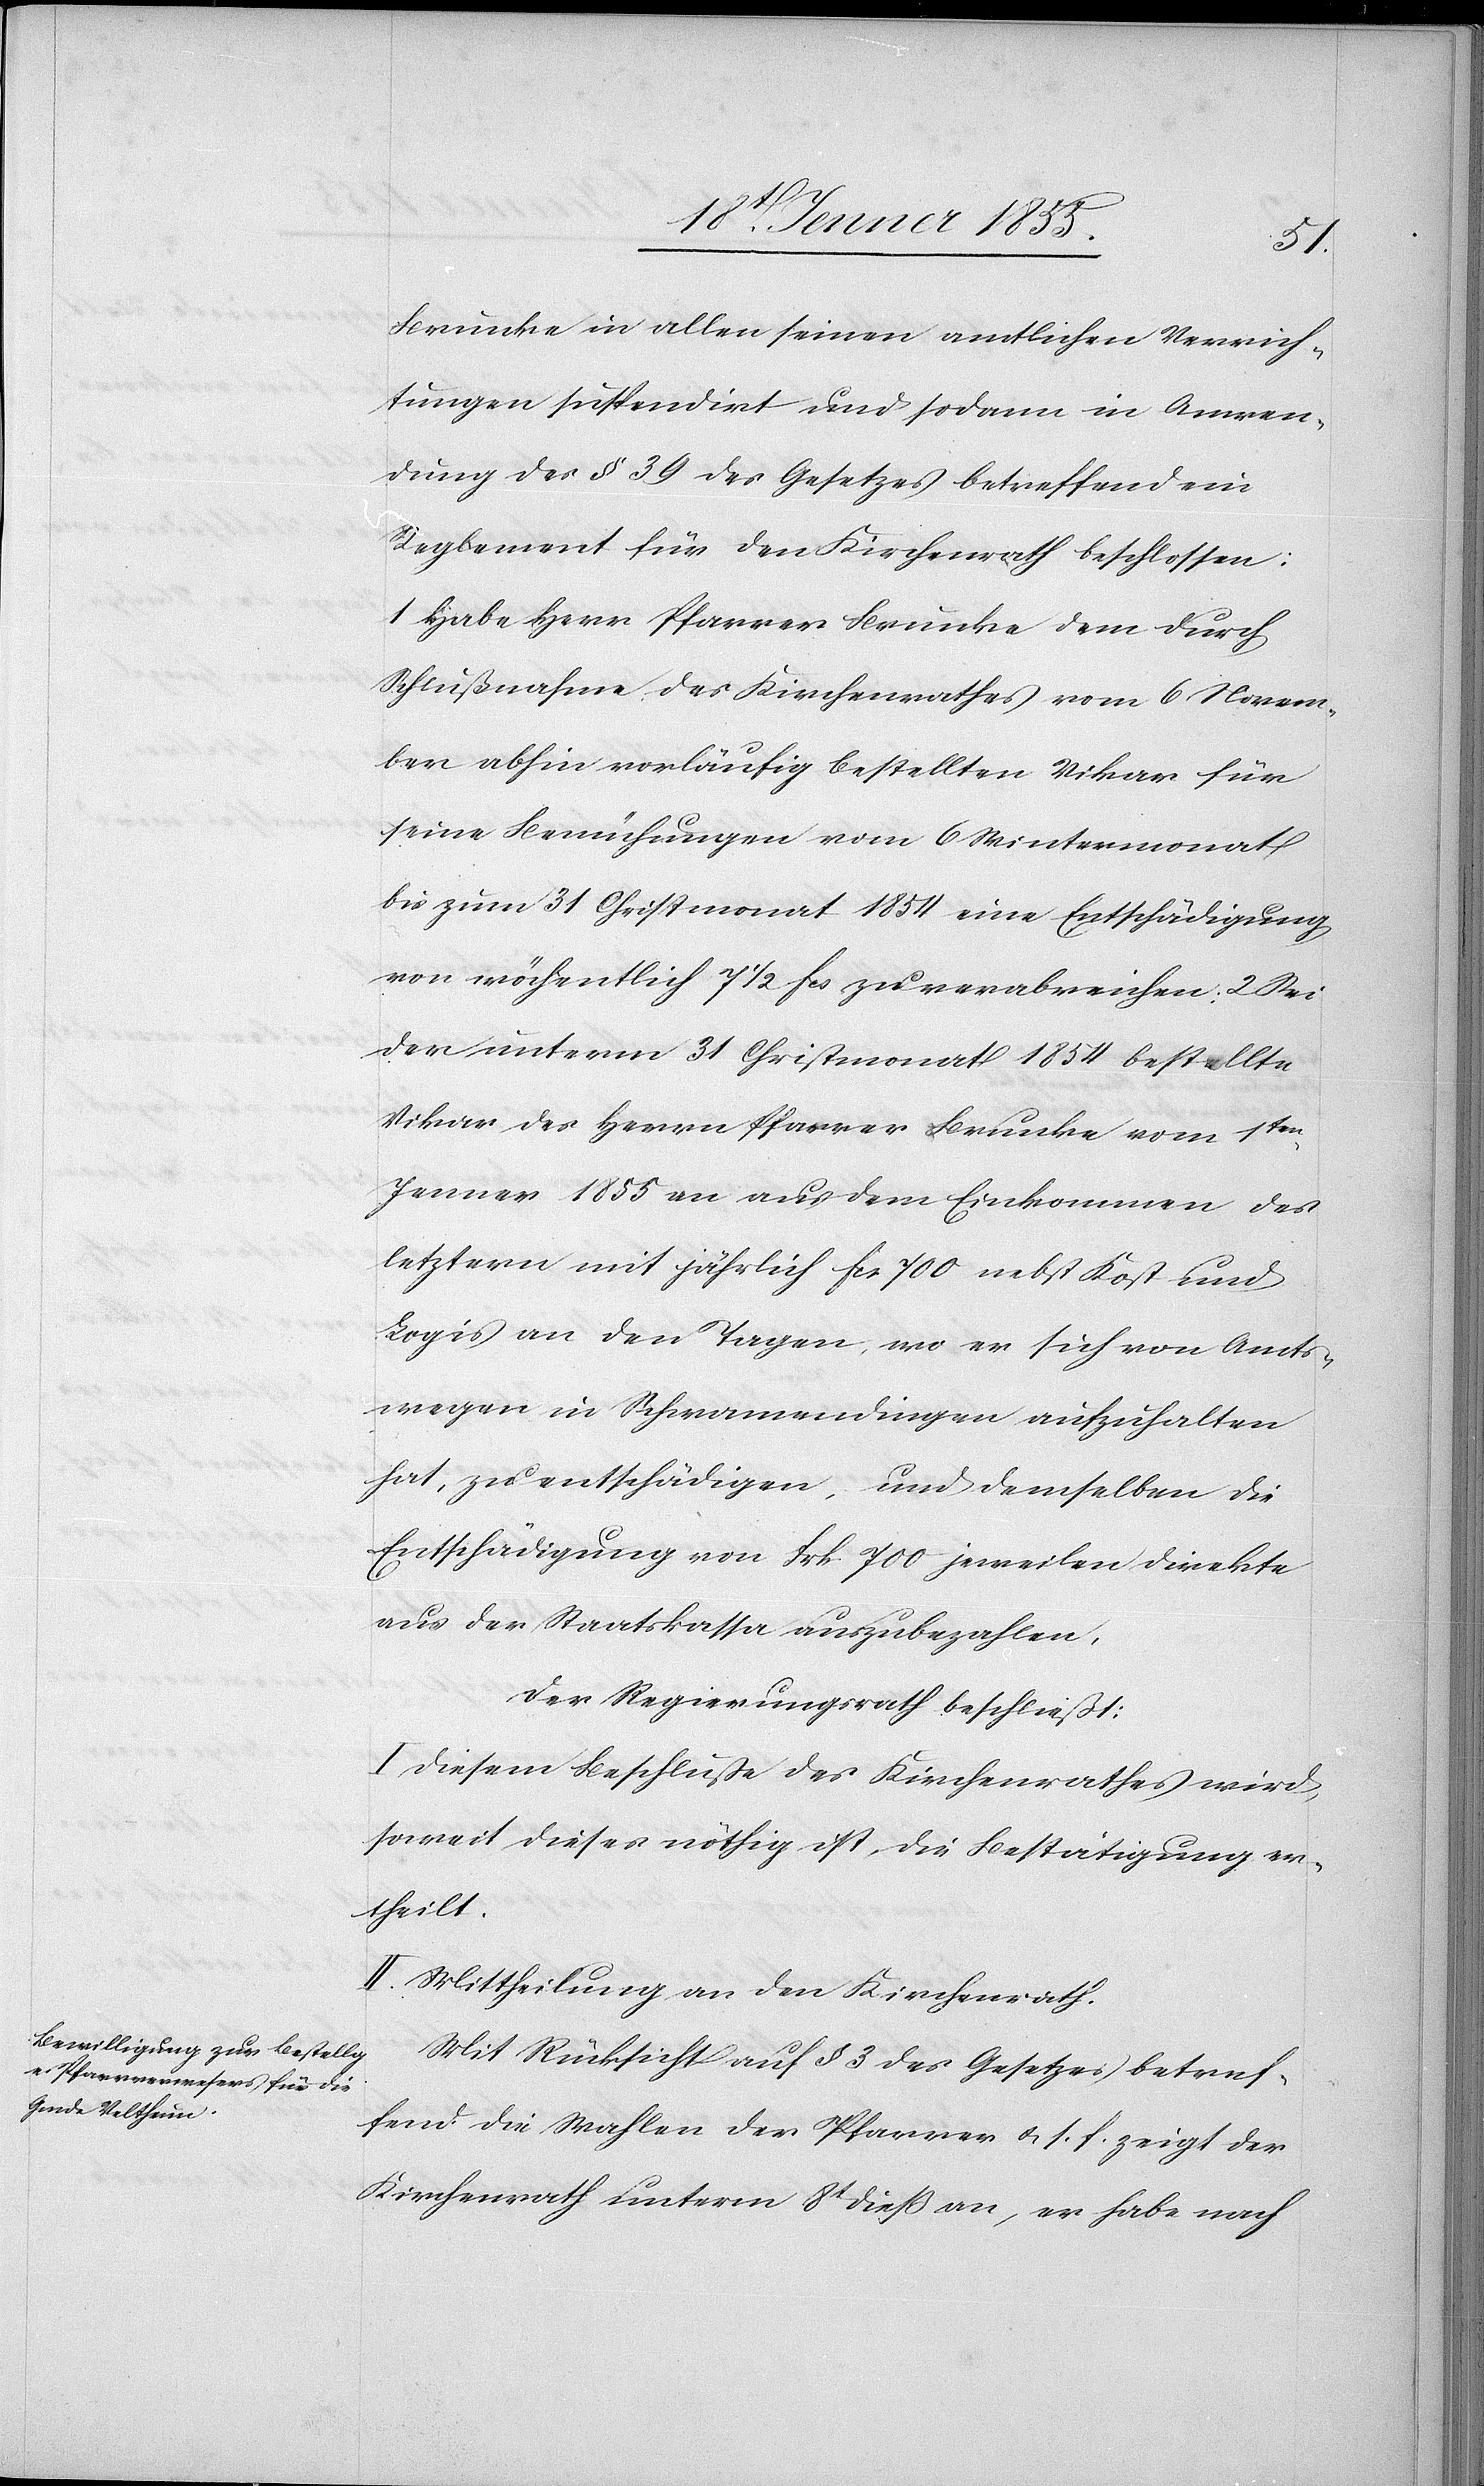
Brunke in allen seinen amtlichen Verrich¬
tungen suspendirt und sodann in Anwen¬
dung des § 39 des Gesetzes betreffend ein
Reglement für den Kirchenrath beschlossen:
1 Habe Herr Pfarrer Brunke dem durch
Schlußnahme des Kirchenrathes vom 6 Novem¬
ber abhin vorläufig bestellten Vikar für
seine Bemühungen vom 6 Wintermonat
bis zum 31 Christmonat 1854 eine Entschädigung
von wöchentlich 7 1/2 Fcs zu verabreichen; 2 Sei
der unterm 31 Christmonat 1854 bestellte
Vikar des Herrn Pfarrer Brunke vom 1ten.
Jenner 1855 an aus dem Einkommen des
letztern mit jährlich Fcs. 700 nebst Kost und
Logis an den Tagen, wo er sich von Amts¬
wegen in Schwamendingen aufzuhalten
hat, zu entschädigen, und demselben die
Entschädigung von Frk. 700 jeweilen direkte
aus der Staatskassa auszubezahlen,
Der Regierungsrath beschließt:
I. Diesem Beschlusse des Kirchenrathes wird,
soweit dieses nöthig ist, die Bestätigung er¬
theilt.
II. Mittheilung an den Kirchenrath.
Mit Rücksicht auf § 3 des Gesetzes betref¬
fend die Wahlen der Pfarrer & s. f. zeigt der
Kirchenrath unterm 8t dieß an, er habe nach